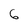
Character: 6